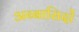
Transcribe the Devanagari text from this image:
अब्बासिदों